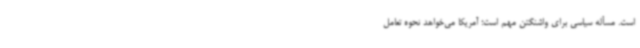
است. مسأله سیاسی برای واشنگتن مهم است؛ آمریکا می‌خواهد نحوه تعامل